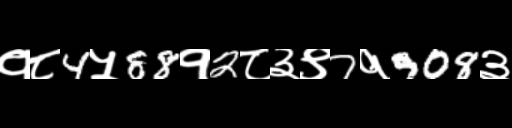
Text: १८4५88१2८३९7१908३